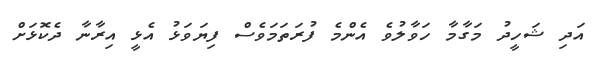
އަދި ޝަހީދު މަގާމާ ހަވާލުވެ އެންމެ ފުރަތަމަވެސް ފިޔަވަޅު އެޅީ އިރާނާ ދެކޮޅަށް